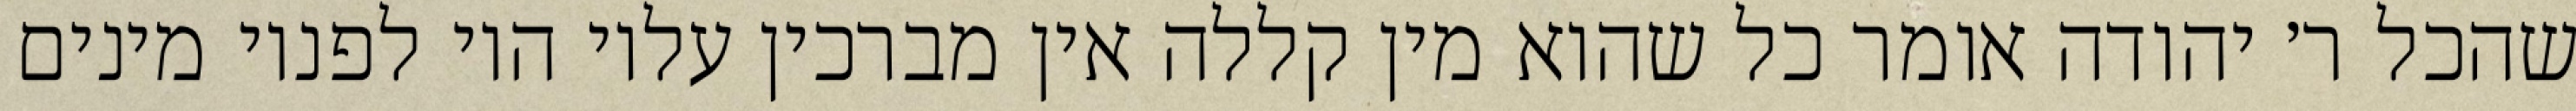
שהכל ר׳ יהודה אומר כל שהוא מין קללה אין מברכין עליו היו לפניו מינים